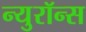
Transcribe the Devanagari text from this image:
न्युरॉन्स